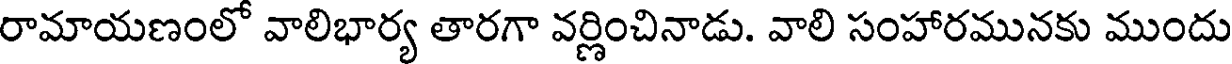
రామాయణంలో వాలిభార్య తారగా వర్ణించినాడు. వాలి సంహారమునకు ముందు